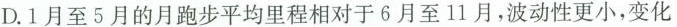
D.1月至5月的月跑步平均里程相对于6月至11月，波动性更小，变化